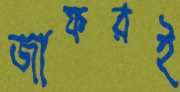
জাফরই